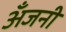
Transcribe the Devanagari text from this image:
अँजनी